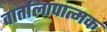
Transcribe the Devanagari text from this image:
वार्तालापात्मक